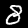
Label: 8